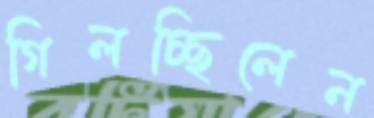
গিলচ্ছিলেন